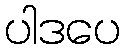
ပါဒပေ